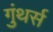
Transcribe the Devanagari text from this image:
गुंथर्स